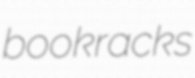
bookracks